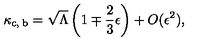
\kappa _ { \mathrm { c , \: b } } = \sqrt { \Lambda } \left( 1 \mp \frac { 2 } { 3 } \epsilon \right) + O ( \epsilon ^ { 2 } ) ,